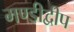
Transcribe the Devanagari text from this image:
मण्डीद्वीप